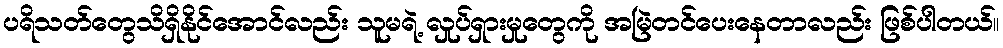
ပရိသတ်တွေသိရှိနိုင်အောင်လည်း သူမရဲ့ လှုပ်ရှားမှုတွေကို အမြဲတင်ပေးနေတာလည်း ဖြစ်ပါတယ်။